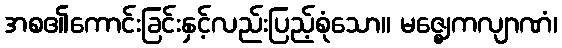
အစ၏ကောင်းခြင်းနှင့်လည်းပြည့်စုံသော။ မဇ္ဈေကလျာဏံ၊